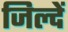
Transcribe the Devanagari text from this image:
जिल्दें